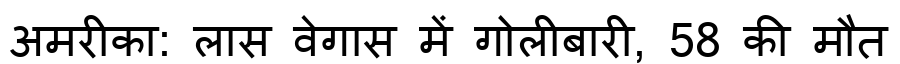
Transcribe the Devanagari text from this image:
अमरीका: लास वेगास में गोलीबारी, 58 की मौत